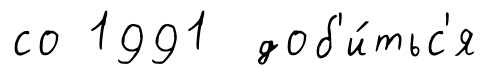
со 1991 доб'и́тьс'я